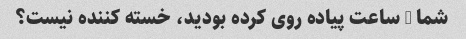
شما 6 ساعت پیاده روی کرده بودید، خسته کننده نیست؟